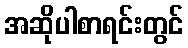
အဆိုပါစာရင်းတွင်